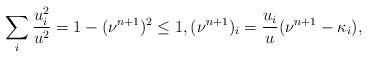
LaTeX: \begin{align*}\sum_i \frac{u_i^2}{u^2}=1-(\nu^{n+1})^2\leq 1, (\nu^{n+1})_i=\frac{u_i}{u}(\nu^{n+1}-\kappa_i),\end{align*}